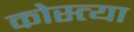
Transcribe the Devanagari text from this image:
कोस्त्या